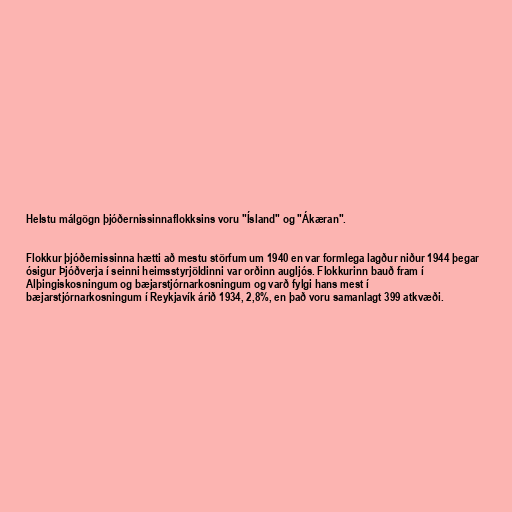
Helstu málgögn þjóðernissinnaflokksins voru "Ísland" og "Ákæran".

Flokkur þjóðernissinna hætti að mestu störfum um 1940 en var formlega lagður niður 1944 þegar
ósigur Þjóðverja í seinni heimsstyrjöldinni var orðinn augljós. Flokkurinn bauð fram í
Alþingiskosningum og bæjarstjórnarkosningum og varð fylgi hans mest í
bæjarstjórnarkosningum í Reykjavík árið 1934, 2,8%, en það voru samanlagt 399 atkvæði.